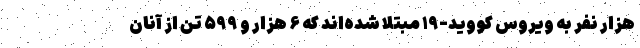
هزار نفر به ویروس کووید-۱۹ مبتلا شده‌اند که ۶ هزار و ۵۹۹ تن از آنان